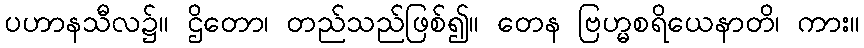
ပဟာနသီလ၌။ ဌိတော၊ တည်သည်ဖြစ်၍။ တေန ဗြဟ္မစရိယေနာတိ၊ ကား။